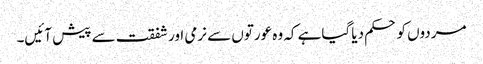
مردوں کو حکم دیا گیاہے کہ وہ عورتوں سے نرمی اورشفقت سے پیش آئیں۔